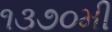
૧૩૭૦મી